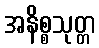
အနိစ္စသုတ္တ